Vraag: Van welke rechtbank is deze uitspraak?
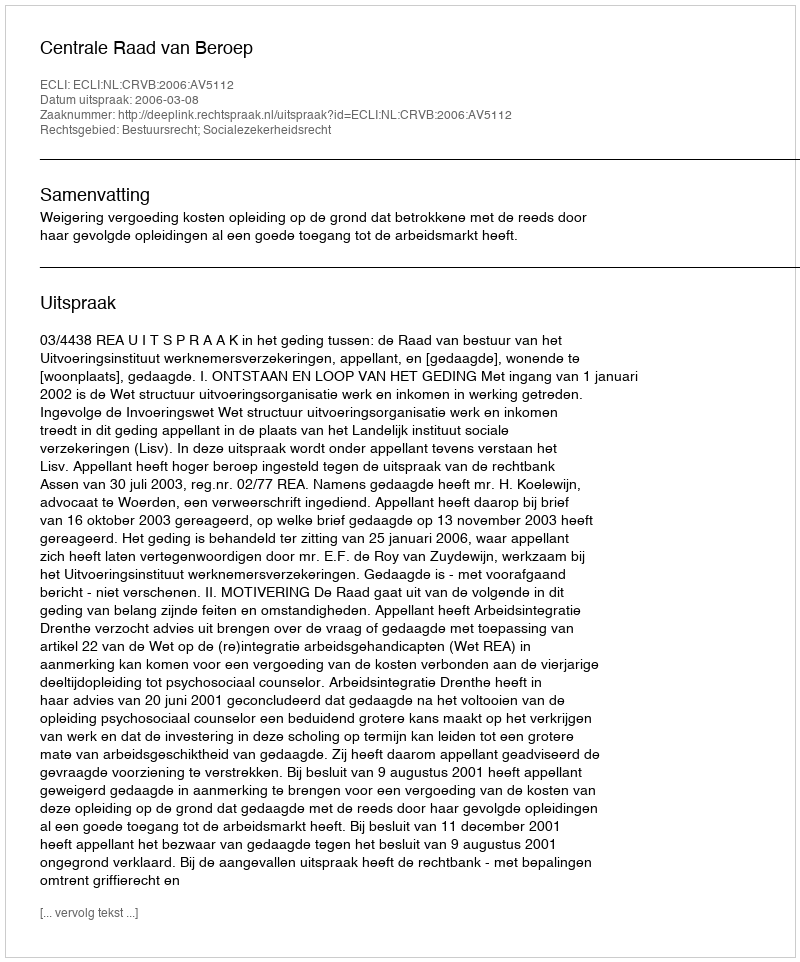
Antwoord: Centrale Raad van Beroep